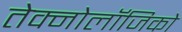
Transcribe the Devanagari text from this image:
तेक्नोलॉजिको